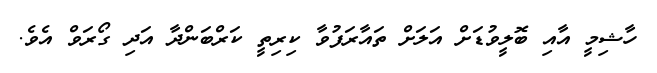
ހާޝިމީ އާއި ބޮލީވުޑަށް އަލަށް ތައާރަފުވާ ކިރިތީ ކަރްބަންދާ އަދި ގޯރަވް އެވެ.